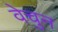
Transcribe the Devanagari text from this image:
वेचुन